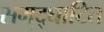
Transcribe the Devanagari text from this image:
समुद्घाटित